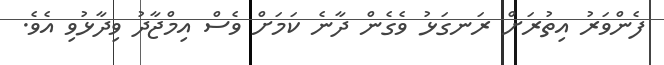
ފެންވަރު އިތުރަށް ރަނގަޅު ވެގެން ދާނެ ކަމަށް ވެސް އިމްޖާދު ވިދާޅުވި އެވެ.